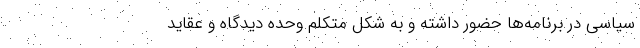
سیاسی در برنامه‌‌ها حضور داشته و به شکل متکلم وحده دیدگاه و عقاید